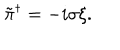
\tilde { \pi } ^ { \dagger } = - i \sigma \xi .